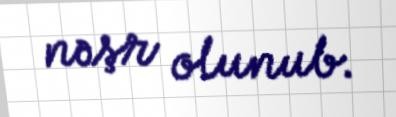
nəşr olunub.